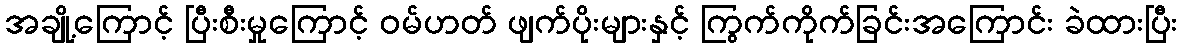
အချို့ကြောင့် ပြီးစီးမှုကြောင့် ဝမ်ဟတ် ဖျက်ပိုးများနှင့် ကြွက်ကိုက်ခြင်းအကြောင်း ခဲထားပြီး